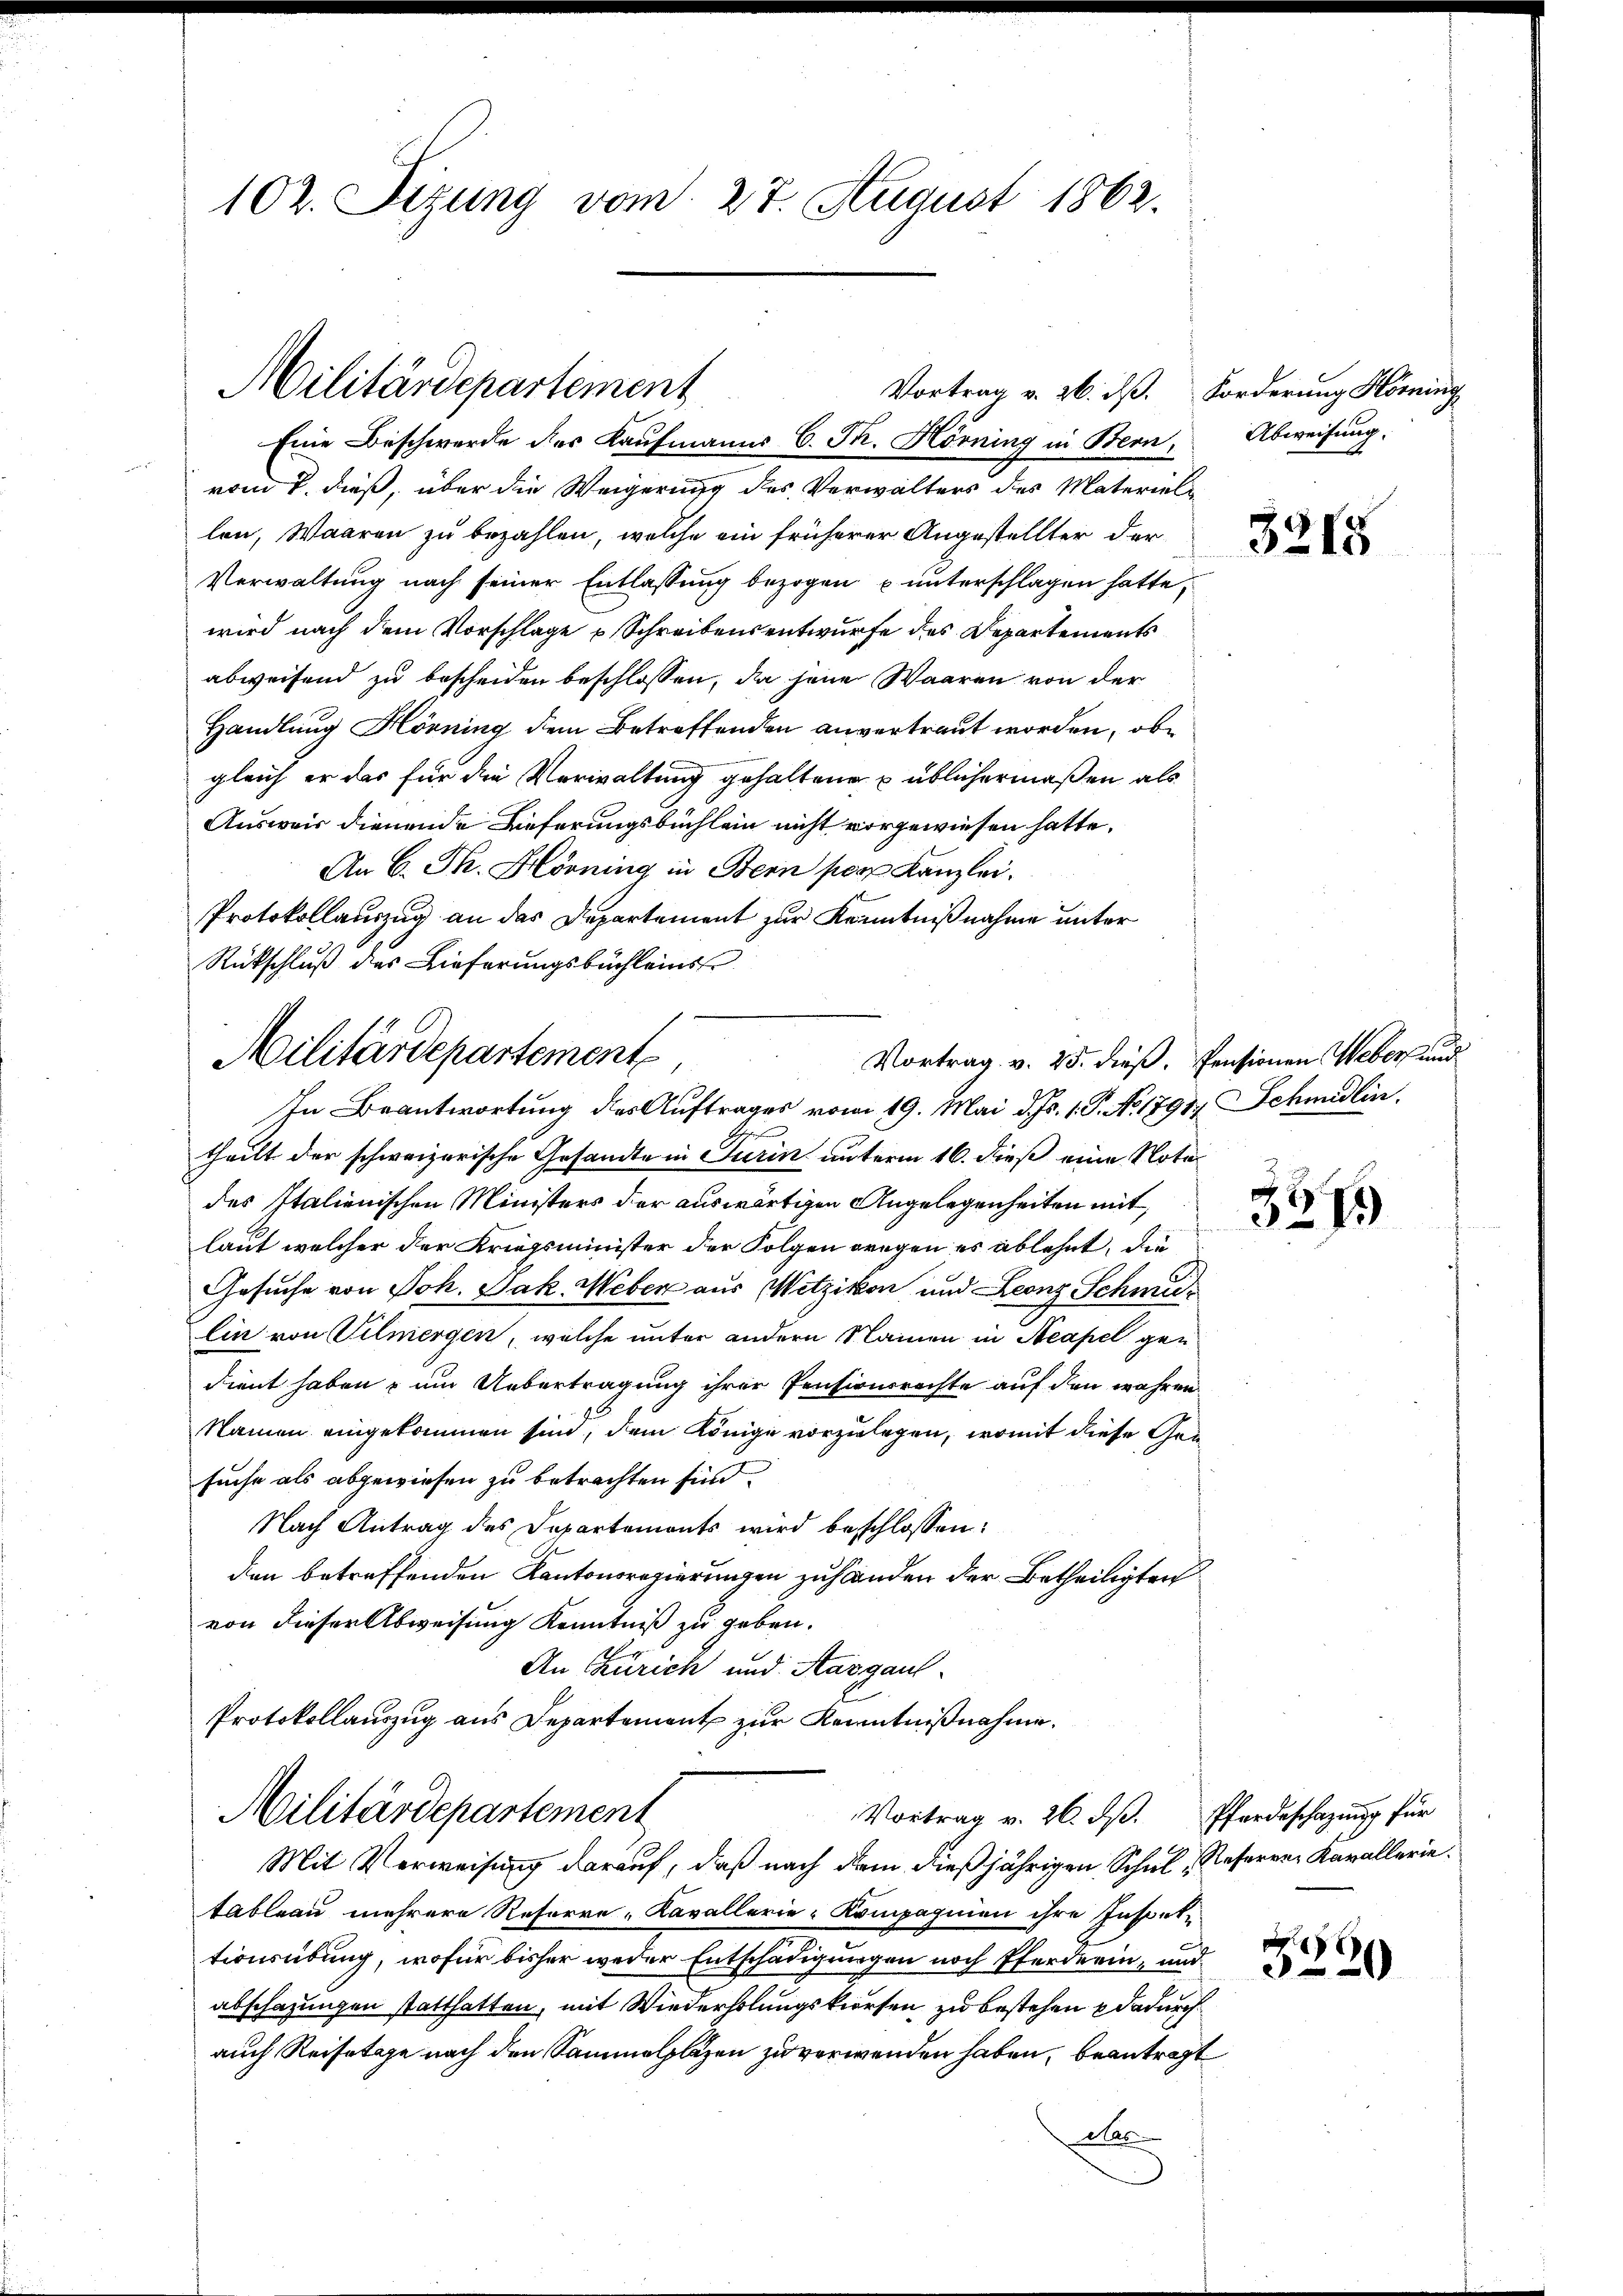
102. Sizung vom 27. August 1862.

Eine Beschwerde des Kaufmanns C. P. Hörning in Bern,
vom 2. dieß, über die Weigerung des Verwalters des Materieli
len, Waaren zu bezahlen, welche ein früherer Angestellter der
Verwaltung nach seiner Entlassung bezogen u unterschlagen hatte,
wird nach dem Vorschlage u Schreibensentwurfe des Departements
abweisend zu bescheiden beschlossen, da jene Waaren von der
Handlung Hörning dem Betreffenden anvertraut worden, obe
gleich er das für die Verwaltung gehaltene üblichermaßen als
Ausweis dienende Lieferungsbüchlein nicht vorgewiesen hatte.
An C. Ph. Hörning in Bern por Kanzlei.
Protokollauszug an das Departement zur Kenntnißnahme unter
Rückschluß des Lieferungsbuchleins

Militärdepartement

Militärdepartement
Vortrag v. 25. dieß. Pensionen Weber und
In Beantwortung des Auftrages vom 19. Mai d. Js. 1. P. No. 1791 Schmidlin.

Vortrag v. 26. d. Forderung Koming

theilt der schweizerische Gesandte in Turin unterm 16. dieß eine Notar
des Italienischen Ministers der auswärtigen Angelegenheiten mit
laut welcher der Kriegsminister der Folgen wegen es ablehnt, die
Gesuche von Joh. Jak. Weber aus Wetzikon und Leonz Schmulin von Vilmergen, welche unter andern Namen in Neapel gen
dient haben, um Uebertragung ihrer Pensionsrechte auf den wahren
Namen eingekommen sind, dem Könige vorzulegen, womit diese Gesuche als abgewiesen zu betrachten sind.
Nach Antrag des Departemonts wird beschlossen:
den betreffenden Kantonsregierungen zuhänden der Betheiligten
von dieser Abweisung Kenntniß zu geben.
An Zürich und Aargaul¬
Protokollauszug aus Departement zur Kenntnißnahme.
Militärdepartement
Vortrag v. 26. dβ. Pferdeschazung für
Mit Verweisung darauf, daß nach dem dießjährigen Schul, Referen Kavallerie.
tableau mehrere Reforre-Kavallerie-Kompagnien ihre Inspek-
tionsübung, wofür bisher weder Entschädigungen noch Pferderin, und
abschazungen statthalten, mit Wiederholungskursen zu bestehen dadurch
auch Reisetage nach den Sammelplazen zu verwenden haben, beantragt
Mas

Abweisung.

3215

e
327.
s

3230